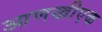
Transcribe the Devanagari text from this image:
आणखीएक